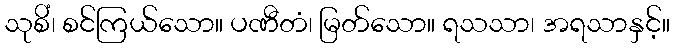
သုစိံ၊ စင်ကြယ်သော။ ပဏီတံ၊ မြတ်သော။ ရသသာ၊ အရသာနှင့်။